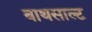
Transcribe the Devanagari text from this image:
बाथसाल्ट